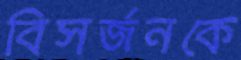
বিসর্জনকে